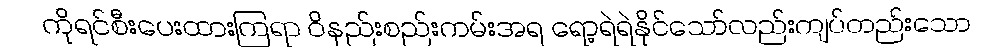
ကိုရင်စီးပေးထားကြရာ ဝိနည်းစည်းကမ်းအရ ရော့ရဲရဲနိုင်သော်လည်းကျပ်တည်းသော